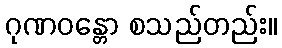
ဂုဏဝန္တော စသည်တည်း။